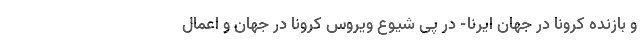
و بازنده کرونا در جهان ایرنا- در پی شیوع ویروس کرونا در جهان و اعمال